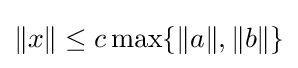
\lVert x\rVert \leq c\max\{\lVert a\rVert ,\lVert b\rVert \}